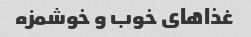
غذاهای خوب و خوشمزه